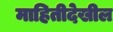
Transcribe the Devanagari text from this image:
माहितीदेखील